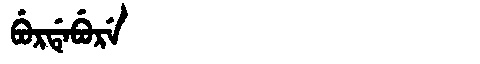
Manchu: ᠪᡠᡵᡩᡝᠪᡠᡵᡝ
Romanization: BURDEBURE